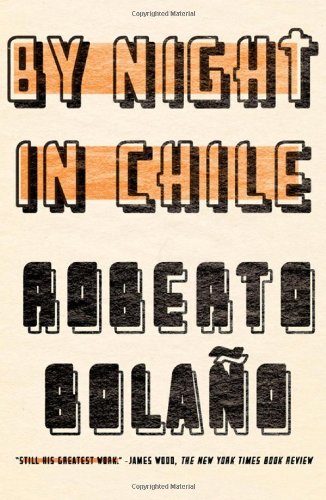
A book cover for By Night in Chile; Roberto BolaÃ±o; Literature & Fiction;